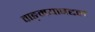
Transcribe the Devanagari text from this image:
वाङ्‌मयाबद्दल